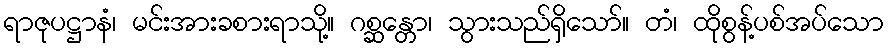
ရာဇုပဋ္ဌာနံ၊ မင်းအားခစားရာသို့။ ဂစ္ဆန္တော၊ သွားသည်ရှိသော်။ တံ၊ ထိုစွန့်ပစ်အပ်သော